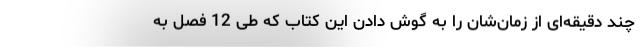
چند دقیقه‌ای از زمان‌‌شان را به گوش دادن این کتاب که طی 12 فصل به